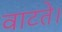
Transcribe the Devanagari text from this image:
वाटते।